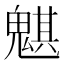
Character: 魌